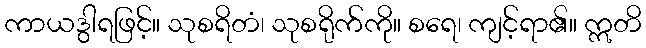
ကာယဒွါရဖြင့်။ သုစရိတံ၊ သုစရိုက်ကို။ စရေ၊ ကျင့်ရာ၏။ ဣတိ